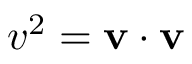
\textstyle v ^ { 2 } = \mathbf { v } \cdot \mathbf { v }